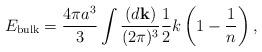
LaTeX: \begin{align*}E_{\rm bulk}={4\pi a^3\over3}\int{(d{\bf k})\over(2\pi)^3}{1\over2}k\left(1-{1\over n}\right),\end{align*}